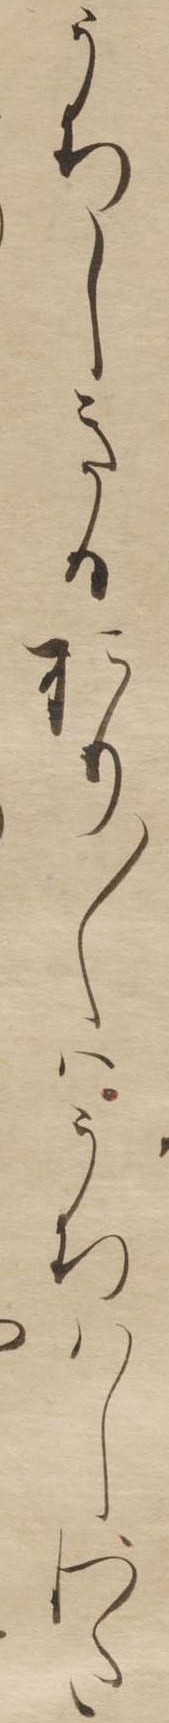
うちしきるおり〱はうちはしわた